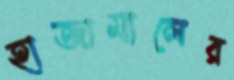
হাজামালের